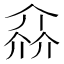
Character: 𠌕